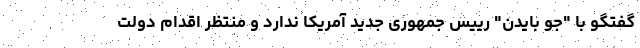
گفتگو با "جو بایدن" رییس جمهوری جدید آمریکا ندارد و منتظر اقدام دولت